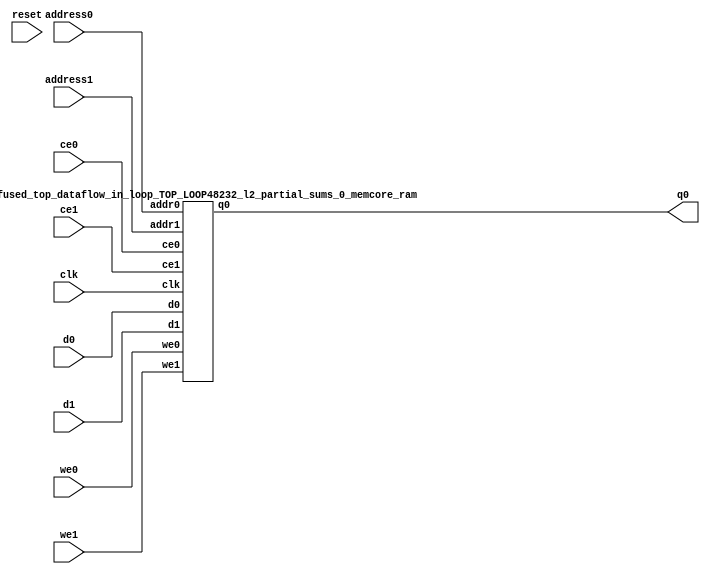
`define EXPONENT 5
`define MANTISSA 10
`define ACTUAL_MANTISSA 11
`define EXPONENT_LSB 10
`define EXPONENT_MSB 14
`define MANTISSA_LSB 0
`define MANTISSA_MSB 9
`define MANTISSA_MUL_SPLIT_LSB 3
`define MANTISSA_MUL_SPLIT_MSB 9
`define SIGN 1
`define SIGN_LOC 15
`define DWIDTH (`SIGN+`EXPONENT+`MANTISSA)
`define IEEE_COMPLIANCE 1

module td_fused_top_dataflow_in_loop_TOP_LOOP48232_l2_partial_sums_0_memcore(
    reset,
    clk,
    address0,
    ce0,
    we0,
    d0,
    q0,
    address1,
    ce1,
    we1,
    d1);

parameter DataWidth = 32'd16;
parameter AddressRange = 32'd4;
parameter AddressWidth = 32'd2;
input reset;
input clk;
input[AddressWidth - 1:0] address0;
input ce0;
input we0;
input[DataWidth - 1:0] d0;
output[DataWidth - 1:0] q0;
input[AddressWidth - 1:0] address1;
input ce1;
input we1;
input[DataWidth - 1:0] d1;



td_fused_top_dataflow_in_loop_TOP_LOOP48232_l2_partial_sums_0_memcore_ram td_fused_top_dataflow_in_loop_TOP_LOOP48232_l2_partial_sums_0_memcore_ram_U(
    .clk( clk ),
    .addr0( address0 ),
    .ce0( ce0 ),
    .we0( we0 ),
    .d0( d0 ),
    .q0( q0 ),
    .addr1( address1 ),
    .ce1( ce1 ),
    .we1( we1 ),
    .d1( d1 )
);

endmodule
module td_fused_top_dataflow_in_loop_TOP_LOOP48232_l2_partial_sums_0_memcore_ram (addr0, ce0, d0, we0, q0, addr1, ce1, d1, we1,  clk);

parameter DWIDTH = 16;
parameter AWIDTH = 2;
parameter MEM_SIZE = 4;

input[AWIDTH-1:0] addr0;
input ce0;
input[DWIDTH-1:0] d0;
input we0;
output reg[DWIDTH-1:0] q0;
input[AWIDTH-1:0] addr1;
input ce1;
input[DWIDTH-1:0] d1;
input we1;
input clk;

 reg [DWIDTH-1:0] ram[MEM_SIZE-1:0];




always @(posedge clk)  
begin 
    if (ce0) begin
        if (we0) 
            ram[addr0] <= d0; 
        q0 <= ram[addr0];
    end
end


always @(posedge clk)  
begin 
    if (ce1) begin
        if (we1) 
            ram[addr1] <= d1; 
    end
end


endmodule